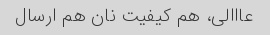
عااالی، هم کیفیت نان هم ارسال